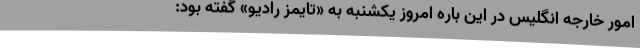
امور خارجه انگلیس در این باره امروز یکشنبه به «تایمز رادیو» گفته بود: